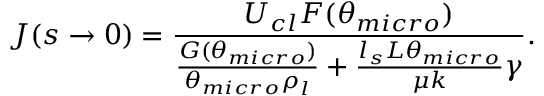
J ( s \to 0 ) = \frac { U _ { c l } F ( \theta _ { m i c r o } ) } { \frac { G ( \theta _ { m i c r o } ) } { \theta _ { m i c r o } \rho _ { l } } + \frac { l _ { s } { \cal L } \theta _ { m i c r o } } { \mu k } \gamma } .